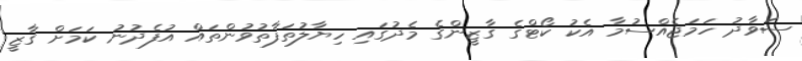
ސަވާދު ހަމަޖެއްސުމާ އެކު ކޯޓްގެ ގާޒީންގެ މެދުގައި ހިޔާލުތަފާތުވުންތައް އުފެދުނު ކަމަށް ގާޒީ